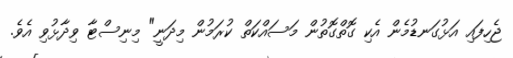
ޖެހިފައި އަޅުގަނޑުމެން އެކި ގޮތްގޮތުން މަސައްކަތް ކުރަމުން މިދަނީ" މިނިސްޓާ ވިދާޅުވި އެވެ.